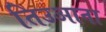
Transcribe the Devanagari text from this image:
तिउआना